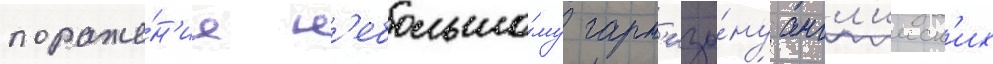
пораже́н'ие н'ебольшо́му гарн'изо́ну англ'ииск'их